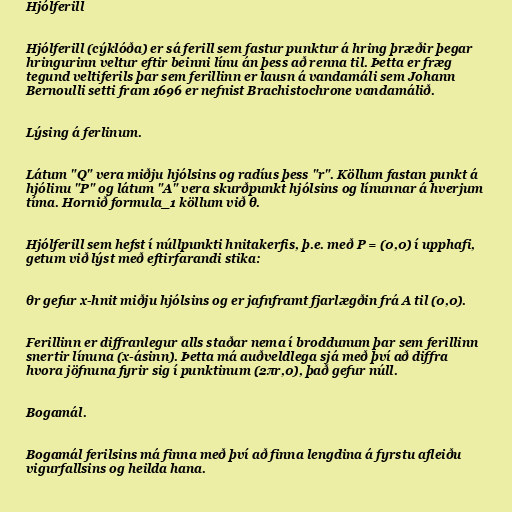
Hjólferill

Hjólferill (cýklóða) er sá ferill sem fastur punktur á hring þræðir þegar
hringurinn veltur eftir beinni línu án þess að renna til. Þetta er fræg
tegund veltiferils þar sem ferillinn er lausn á vandamáli sem Johann
Bernoulli setti fram 1696 er nefnist Brachistochrone vandamálið.

Lýsing á ferlinum.

Látum "Q" vera miðju hjólsins og radíus þess "r". Köllum fastan punkt á
hjólinu "P" og látum "A" vera skurðpunkt hjólsins og línunnar á hverjum
tíma. Hornið formula_1 köllum við θ.

Hjólferill sem hefst í núllpunkti hnitakerfis, þ.e. með P = (0,0) í upphafi,
getum við lýst með eftirfarandi stika:

θr gefur x-hnit miðju hjólsins og er jafnframt fjarlægðin frá A til (0,0).

Ferillinn er diffranlegur alls staðar nema í broddunum þar sem ferillinn
snertir línuna (x-ásinn). Þetta má auðveldlega sjá með því að diffra
hvora jöfnuna fyrir sig í punktinum (2πr,0), það gefur núll.

Bogamál.

Bogamál ferilsins má finna með því að finna lengdina á fyrstu afleiðu
vigurfallsins og heilda hana.